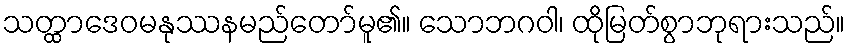
သတ္ထာဒေဝမနုဿနမည်တော်မူ၏။ သောဘဂဝါ၊ ထိုမြတ်စွာဘုရားသည်။